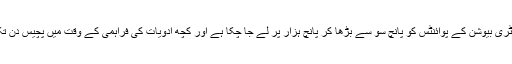
اب تک تنزانیہ اپنے ڈسٹری بیوشن کے پوائنٹس کو پانچ سو سے بڑھا کر پانچ ہزار پر لے جا چکا ہے اور کچھ ادویات کی فراہمی کے وقت میں پچیس دن تک کی کمی ہو گئی ہے۔